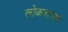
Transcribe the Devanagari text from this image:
लोकथाओं